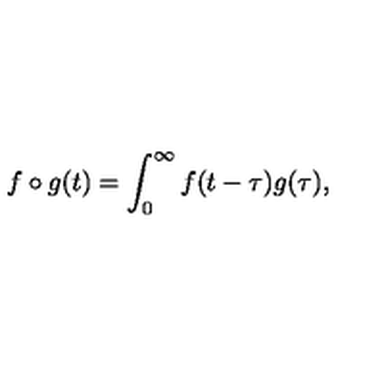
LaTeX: f \circ g ( t ) = \int _ { 0 } ^ { \infty } f ( t - \tau ) g ( \tau ) ,